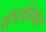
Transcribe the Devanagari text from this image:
संघर्षस्थल